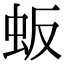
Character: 𬟸